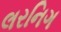
લરનિગ